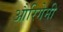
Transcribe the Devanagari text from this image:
औरिगेमी